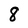
Character: 8